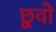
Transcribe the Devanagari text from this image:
छूवो